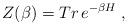
LaTeX: \begin{align*}Z(\beta)= Tr\, e^{-\beta H}\;,\end{align*}